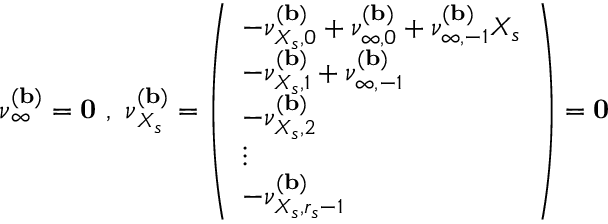
\boldsymbol { \nu } _ { \infty } ^ { ( \mathbf { b } ) } = \mathbf { 0 } \, \, , \, \, \boldsymbol { \nu } _ { X _ { s } } ^ { ( \mathbf { b } ) } = \left( \begin{array} { l } { - \nu _ { { X _ { s } } , 0 } ^ { ( \mathbf { b } ) } + \nu _ { \infty , 0 } ^ { ( \mathbf { b } ) } + \nu _ { \infty , - 1 } ^ { ( \mathbf { b } ) } X _ { s } } \\ { - \nu _ { { X _ { s } } , 1 } ^ { ( \mathbf { b } ) } + \nu _ { \infty , - 1 } ^ { ( \mathbf { b } ) } } \\ { - \nu _ { { X _ { s } } , 2 } ^ { ( \mathbf { b } ) } } \\ { \vdots } \\ { - \nu _ { { X _ { s } } , r _ { s } - 1 } ^ { ( \mathbf { b } ) } } \end{array} \right) = \mathbf { 0 }